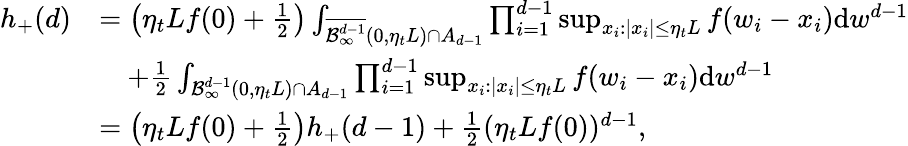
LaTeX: \begin{array}{rl}{h_{+}(d)}&{=\left(\eta_{t}Lf(0)+\frac{1}{2}\right)\int_{\overline{{\mathcal{B}_{\infty}^{d-1}}}(0,\eta_{t}L)\cap A_{d-1}}\prod_{i=1}^{d-1}\operatorname*{sup}_{x_{i}:|x_{i}|\leq\eta_{t}L}f(w_{i}-x_{i})\mathrm{d}w^{d-1}}\\ &{\quad+\frac{1}{2}\int_{{\mathcal{B}_{\infty}^{d-1}}(0,\eta_{t}L)\cap A_{d-1}}\prod_{i=1}^{d-1}\operatorname*{sup}_{x_{i}:|x_{i}|\leq\eta_{t}L}f(w_{i}-x_{i})\mathrm{d}w^{d-1}}\\ &{=\left(\eta_{t}Lf(0)+\frac{1}{2}\right)h_{+}(d-1)+\frac{1}{2}(\eta_{t}Lf(0))^{d-1},}\end{array}